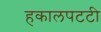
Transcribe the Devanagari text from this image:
हकालपटटी